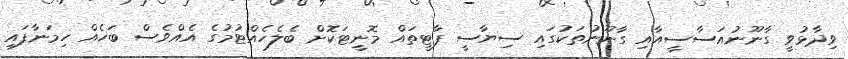
ވިދާޅުވީ ގާނޫނުއަސާސީއާއި ގާނޫނުތަކުގައި ސިޔާސީ ޕާޓީތައް މޮނީޓަކޮށް ބެލެހެއްޓުމުގެ އެއްވެސް ބަހެއް ހިމަނާފައި